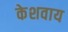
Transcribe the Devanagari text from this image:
केशवाय